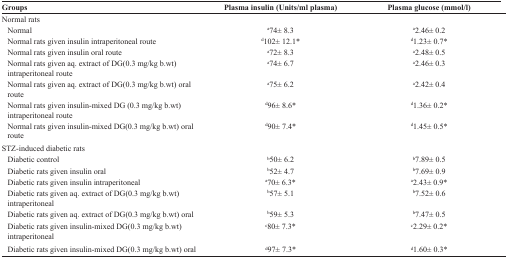
| Groups | Plasma insulin (Units/ml plasma) | Plasma glucose (mmol/l) |
 | --- | --- | --- |
 | Normal rats |  |  |
 | Normal | a74± 8.3 | a2.46± 0.2 |
 | Normal rats given insulin intraperitoneal route | d102± 12.1* | d1.23± 0.7* |
 | Normal rats given insulin oral route | a72± 8.3 | a2.48± 0.5 |
 | Normal rats given aq. extract of DG(0.3 mg/kg b.wt) intraperitoneal route | a74± 6.7 | a2.46± 0.3 |
 | Normal rats given aq. extract of DG(0.3 mg/kg b.wt) oral route | a75± 6.2 | a2.42± 0.4 |
 | Normal rats given insulin-mixed DG (0.3 mg/kg b.wt) intraperitoneal route | d96± 8.6* | d1.36± 0.2* |
 | Normal rats given insulin-mixed DG(0.3 mg/kg b.wt) oral route | d90± 7.4* | d1.45± 0.5* |
 | STZ-induced diabetic rats |  |  |
 | Diabetic control | b50± 6.2 | b7.89± 0.5 |
 | Diabetic rats given insulin oral | b52± 4.7 | b7.69± 0.9 |
 | Diabetic rats given insulin intraperitoneal | a70± 6.3* | a2.43± 0.9* |
 | Diabetic rats given aq. extract of DG(0.3 mg/kg b.wt) intraperitoneal | b57± 5.1 | b7.52± 0.6 |
 | Diabetic rats given aq. extract of DG(0.3 mg/kg b.wt) oral | b59± 5.3 | b7.47± 0.5 |
 | Diabetic rats given insulin-mixed DG(0.3 mg/kg b.wt) intraperitoneal | c80± 7.3* | c2.29± 0.2* |
 | Diabetic rats given insulin-mixed DG(0.3 mg/kg b.wt) oral | d97± 7.3* | d1.60± 0.3* |